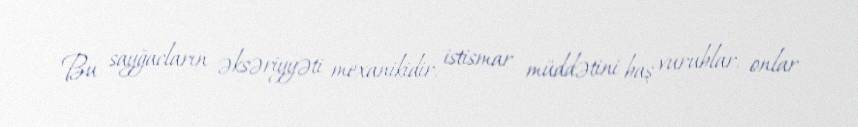
Bu sayğacların əksəriyyəti mexanikidir, istismar müddətini baş vurublar, onlar